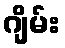
ဂျိမ်း